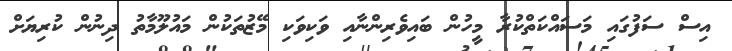
އިސް ސަފުގައި މަަސައްކަތްކުރާ މީހުން ބައިވެރިންނާއި ވަކިވަކި މޭޒުތަކުން މައުލޫމާތު ދިނުން ކުރިޔަށް